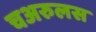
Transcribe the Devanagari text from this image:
चअरुलस